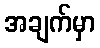
အချက်မှာ